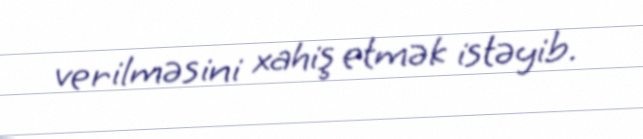
verilməsini xahiş etmək istəyib.